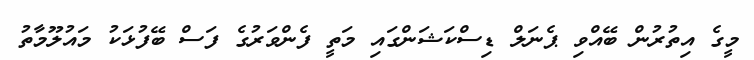
މީގެ އިތުރުން ބޭއްވި ޕެނަލް ޑިސްކަޝަންގައި މަތީ ފެންވަރުގެ ފަސް ބޭފުޅަކު މައުލޫމާތު